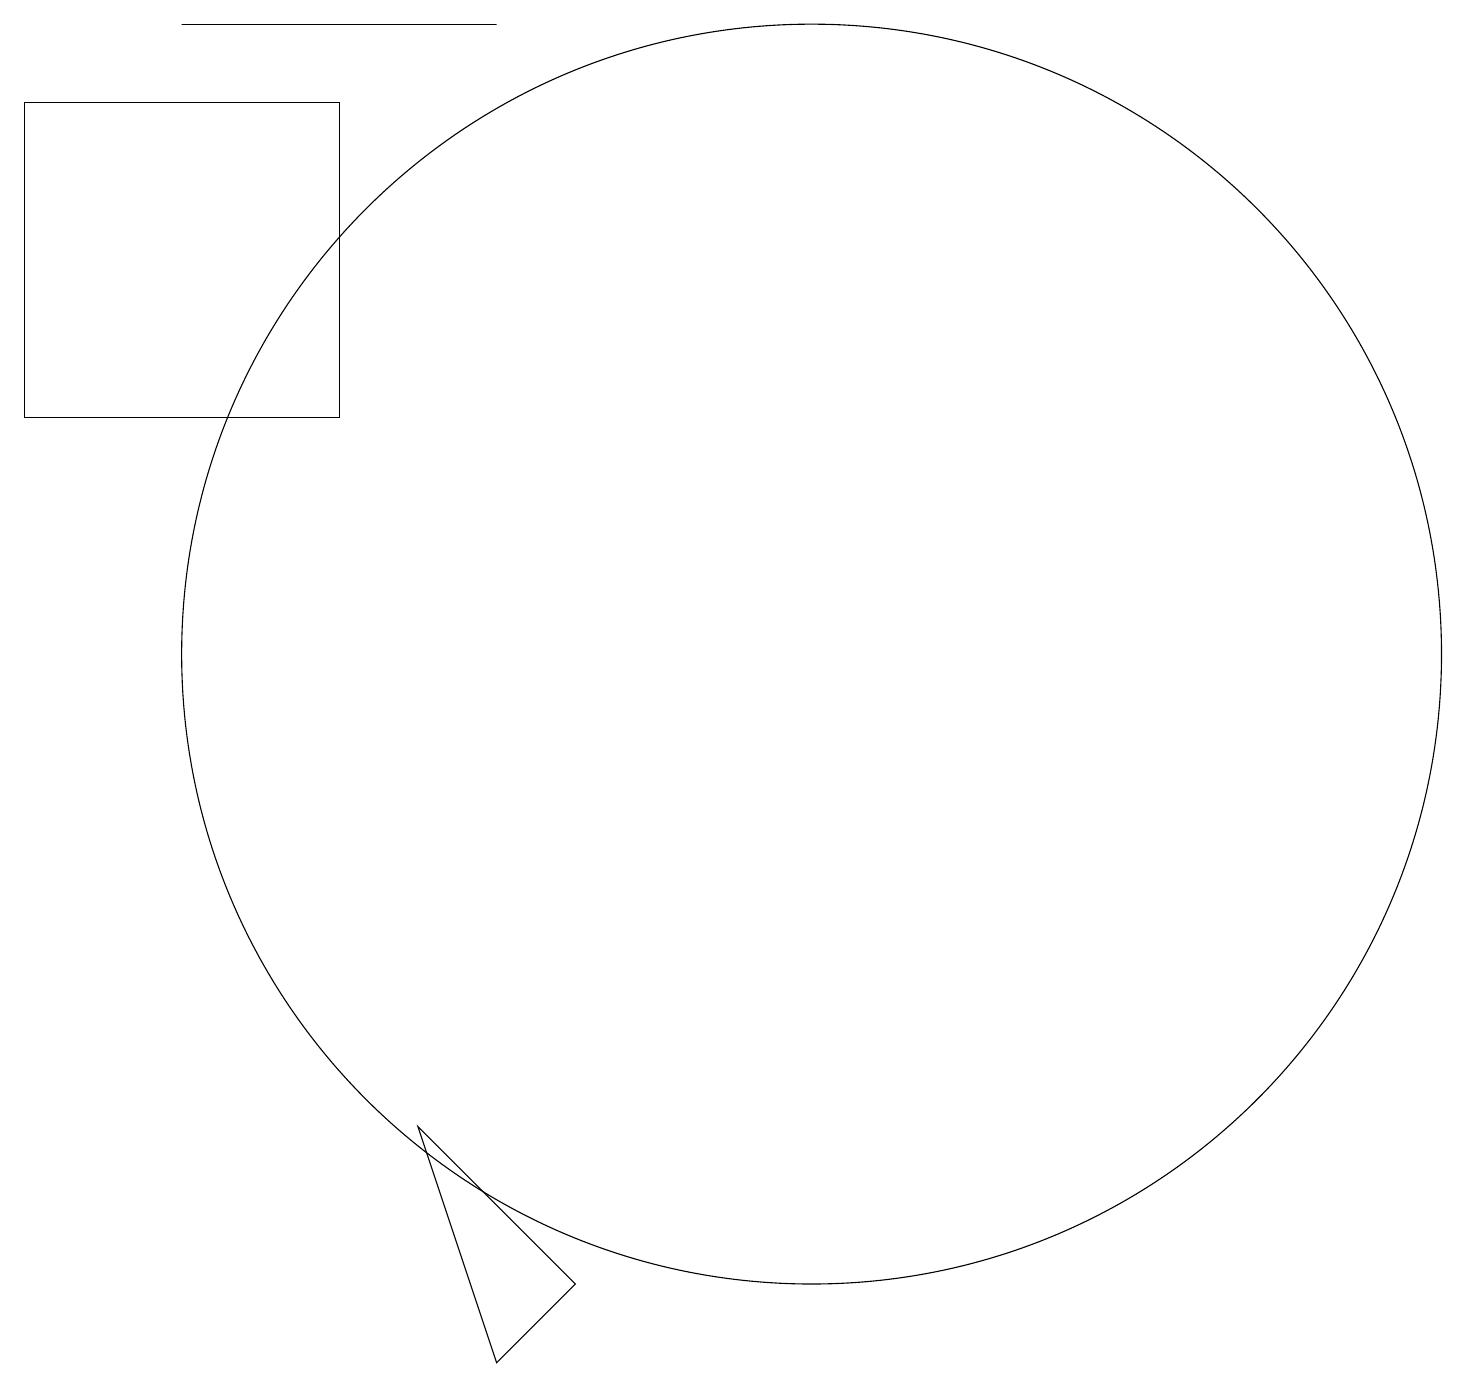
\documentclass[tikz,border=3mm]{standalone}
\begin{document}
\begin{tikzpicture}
\draw (5,17) rectangle (1,13);
\draw (11,10) circle (8);
\draw (6,4) -- (8,2) -- (7,1) -- cycle;
\draw (3,18) rectangle (7,18);
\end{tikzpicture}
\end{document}